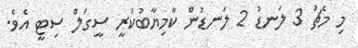
މި މެޗު 3 ލަނޑު 2 ލަނޑުން ކާމިޔާބުކުރީ ސީގަލް ސިޓީ އެވެ.